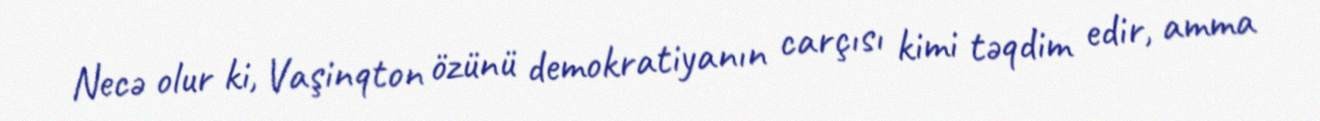
Necə olur ki, Vaşinqton özünü demokratiyanın carçısı kimi təqdim edir, amma